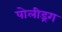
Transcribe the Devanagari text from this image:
पोलीड्रग